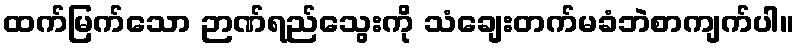
ထက်မြက်သော ဉာဏ်ရည်သွေးကို သံချေးတက်မခံဘဲစာကျက်ပါ။